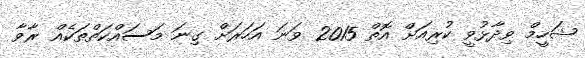
ޝަހީމް ވިދާޅުވީ ކުރިއަށް އޮތް 2015 ވަނަ އަހަރަށް ގިނަ މަސައްކަތްތަކެއް ރާވާ